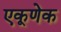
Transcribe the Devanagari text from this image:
एकूणेक